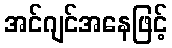
အင်ဂျင်အနေဖြင့်